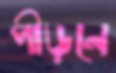
পীড়নে